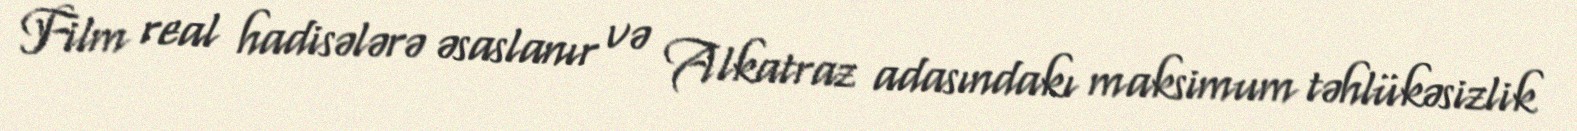
Film real hadisələrə əsaslanır və Alkatraz adasındakı maksimum təhlükəsizlik